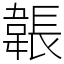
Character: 韔